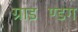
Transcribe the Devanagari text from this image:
ग्राइण्डिंग